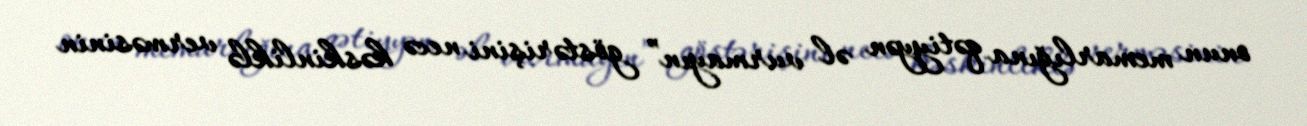
onun memarlığına qətiyyən əl vurmayın” göstərişini necə kəskinliklə verməsinin